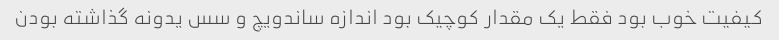
کیفیت خوب بود فقط یک مقدار کوچیک بود اندازه ساندویچ و سس یدونه گذاشته بودن